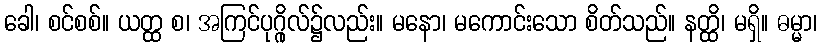
ခေါ၊ စင်စစ်။ ယတ္ထ စ၊ အကြင်ပုဂ္ဂိုလ်၌လည်း။ မနော၊ မကောင်းသော စိတ်သည်။ နတ္ထိ၊ မရှိ။ ဓမ္မာ၊